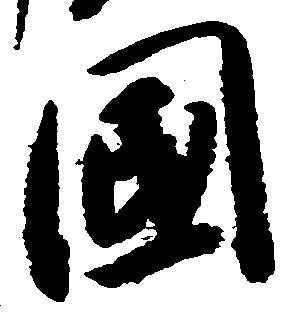
国